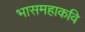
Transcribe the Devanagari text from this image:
भासमहाकवि